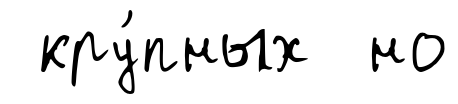
кру́пных но